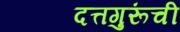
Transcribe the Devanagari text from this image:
दत्तगुरूंची